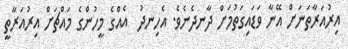
އިރުއަރާތަނަށް އޭނާ ވަޑައިގަތުމަށް ދާނދެނެވެ. އެހިނދު  އެއްގެ މީހުންގެ މައްޗަށް އިރުއަރާތީ